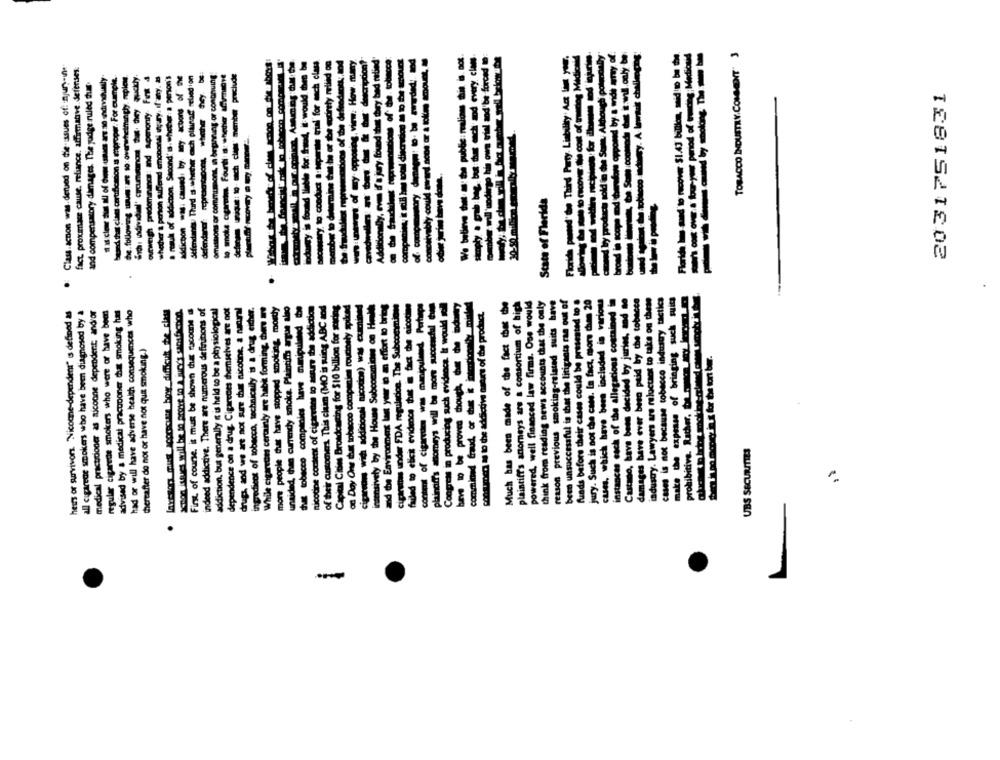
obacco dury. A lawtuit challenging
period of trading; Medicaid
-------
TOBACCO INDUSTRY, COMMENT" 3
stry, to: conduct a separate trial' for anch class
warming that he or she sodirely relied on
:unwers of wy- opposing, view: How many
mber will'uodingo his own wiel aod'be forced to:
duch gold in de Som. Although poludaly
Scope tod teradons opposed by a wide wray, of
Class.acnon was. derved on die-issues of: njury-in-
fact proximase cause, reliance. affirmative defenses.
uszy is found Ileble for fraud, it would then be
beredd that clam certificacion as improper. For example ..
the.following wum :ære so: overwhelmingly. meples.
outweigh predominance: Ind apmonty. Finit 4
whether a person suffered emobondi un;ary. If any. a
a result of addiction. Second's. whether a person's
- -----. f-
Sefendants Thurd s.whether ech plinad relied ion
omisibons or commimonit, in beginning of congruing
and compensatory diimages. The judge ruled huur
ocadons of the defeed"
2031751831
Ve believe that a: the public: malow t
State of Florida
Florida paused'de Th
We believe
Castano, have been decided by juries, and no
damages have ever beso paid by the tobacco
industry. Lawyers are reluctant to take on these
cases is not because tobacco industry tactics
make the expense of bringing such suits
prohibitive. Rather, boron my komm
intensively by the House Subcommides on Health
and the Environment las yer to an effort to bring
cigarettes under FDA regulacion. The Subcommione
failed to elicit evidence that in fact the aicotime
contemt of cigarettes was manipulend, Purtunps
plaintiffs comeys will be more successful -
Congress in producing such evidence. It would soll
comminad fraud, or the k niadonly mint-
Much has been made of the fact cher the
plaintiff's anorneys ars a consortium of high
powered, well financed law firms. Ous would
think from reading news accounts that the only
reason previous smoking-related suits have
been unsuccessful is that the litigants ran out of
funds before their cases could be presented to .
jury. Such is not the cans. In fact, more chien 20
cases, which have been included in various
instances cach of the allegations contained in
hers or survivors. "Nicoane-dependens" is defined as
all ciparece smokers who have been diagnosed by a
medical practitioner as sicoone dependent; and/or
regular cigarede smokers who were or have been
advised by a medical pracuponer that smoking has
had or will have adverse health consequences who
laxcson must comose bow difficult_de_class
First, of course, it must be shown du racome
indeed addictive. There are numerous definitions of
addiction, but generally « is held to be a physiological
dependence on a drug. Cigareces themselves are not
drugs, and we are not sure that nicotine, a nacoral
ingredicot of tobacco, technically is a drug either.
While cigareom certainly are habi forming. com
more people that have stopped smoking, mostly
unaided, thee currendy snoke. Plaintiffs argue also
nicotine content of cigarsans to assure the addiction
of their customers. This claim (MO is suing ABC sod
Capital Cities Broadcasting for $10 billion for studies
on Day One that tobacco companies roudnely spiked
consumer a to the addictive ostre of the product.
Thereafter do not or have not quit smoking.)
Sesam moody in.x for be tort ber.
UBS SECURITIES
.
-